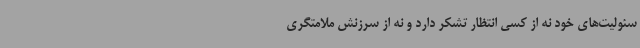
سئولیت‌های خود نه از کسی انتظار تشکر دارد و نه از سرزنش ملامتگری